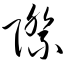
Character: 际